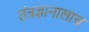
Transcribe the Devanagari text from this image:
तंत्रज्ञानालाच